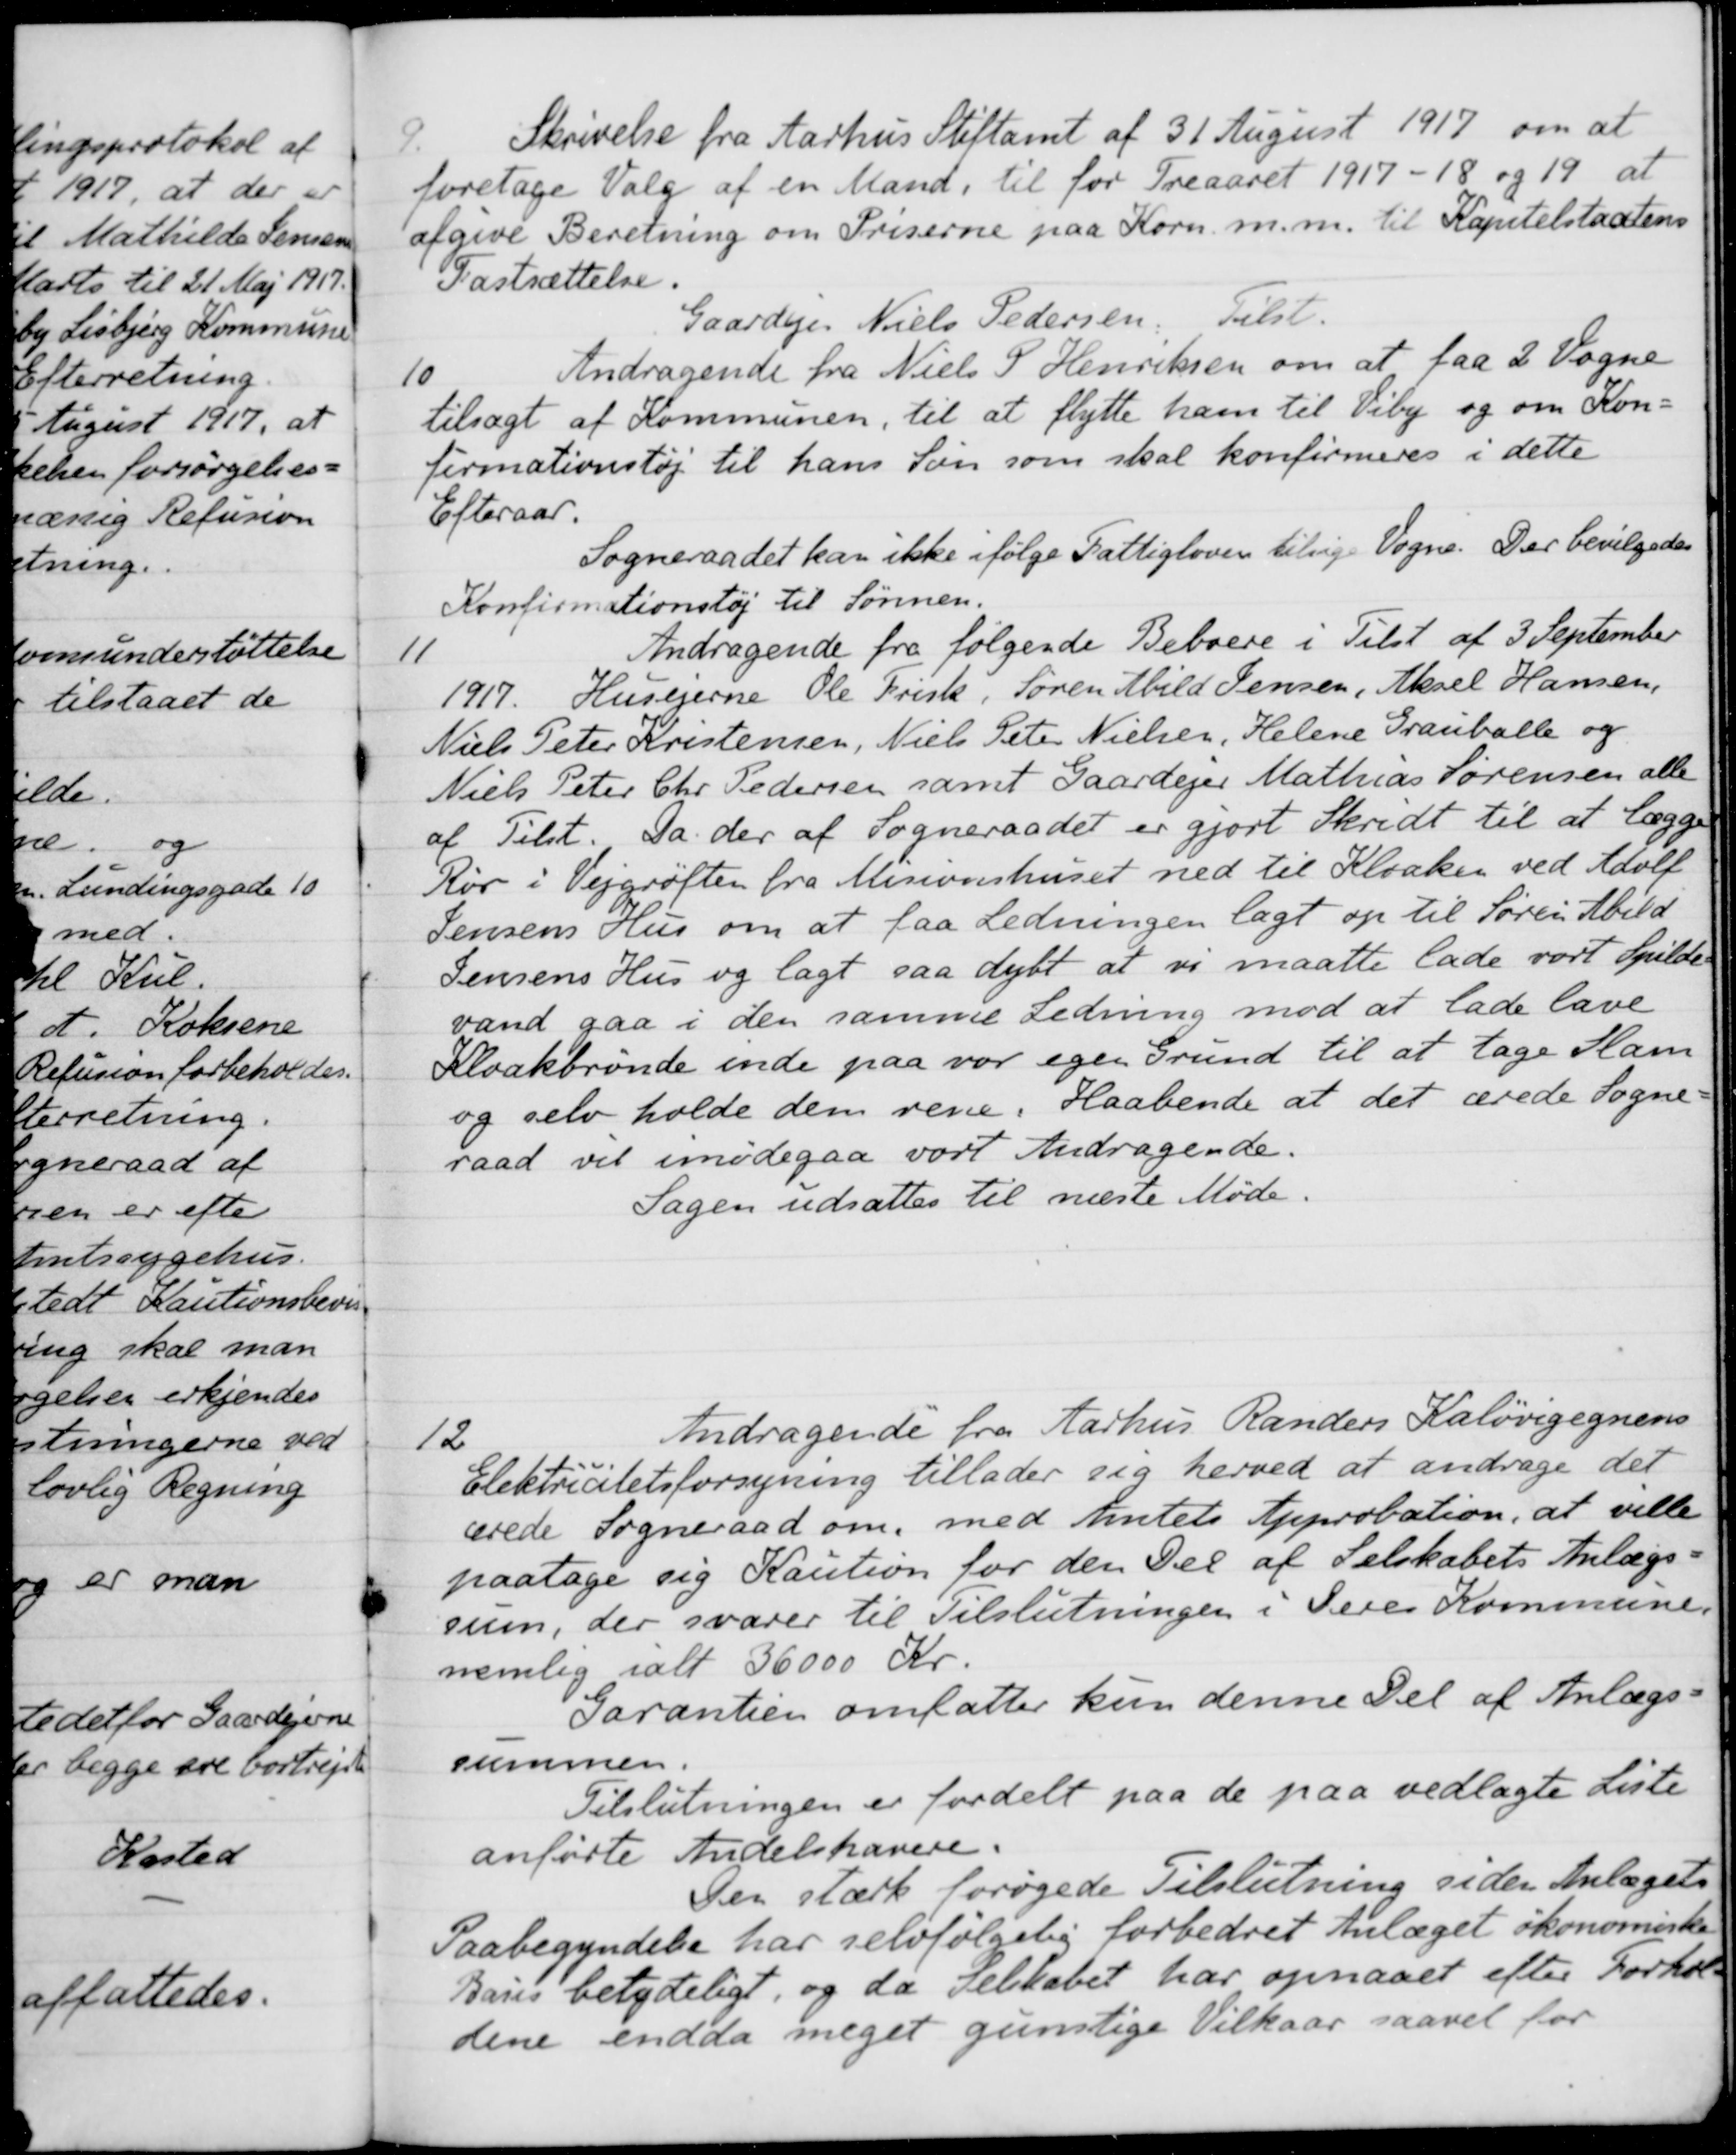
Transskription:
9.
Skrivelse fra Aarhus Stiftamt af 31 August 1917 om at
foretage Valg af en Mand, til for Treaaret 1917-18 og 19 at
afgive Beretning om Priserne paa Korn m.m. til Kapitelstaxtens
Fastsættelse.
Gaardejer Niels Pedersen
Tilst.
10
Andragende fra Niels S. Henriksen om at faa 2 Vogne
tilsagt af Kommunen, til at flytte ham til Viby og om Kon-
firmationstøj til hans Søn som skal konfirmeres i dette
Efteraar.
Sogneraadet kan ikke ifølge Fattigloven tilsige Vogne. Der bevilgedes
Konfirmationstøj til Sønnen.
11
Andragende fra følgende Beboere i Tilst af 3 September
1917
Husejerne Ole Frisk, Søren Abild Jensen, Aksel Hansen,
Niels Peter Kristensen, Niels Peter Nielsen, Helene Grauballe og
Niels Peter Chr. Pedersen samt Gaardejer Mathias Sørensen alle
af Tilst. Da der af Sogneraadet er gjort Skridt til at lægge
Rør i Vejgrøften fra Misionshuset ned til Kloaken ved Adolf
Jensens Hus om at faa Ledningen lagt op til Søren Abild
Jensens Hus og lagt saa dybt at vi maatte lade vort Spilde
vand gaa i den samme Ledning mod at lade lave
Kloakbrønde inde paa var egen Grund til at tage Slam
og selv holde dem rene. Haabende at det ærede Sogne-
raad vil imødegaa vort Andragende.
Sagen udsattes til næste Møde.
12
Andragende fra Aarhus Randers Kaløvigegnens
Elektricitetsforsyning tillader sig herved at andrage det
ærede Sogneraad om, med Amtets Approbation, at ville
paatage sig Kaution for den Del af Selskabets Anlægs-
sum, der svarer til Tilslutningen i Jeres Kommune.
nemlig i alt 36000 Kr.
Garantien omfatter kun denne Del af Anlægs-
summen.
Tilslutningen er fordelt paa de paa vedlagte Liste
anførte Andelshavere.
Den stærk forøgede Tilslutning siden Anlægets
Paabegyndelse har selvfølgelig forbedret Anlæget økonomiske
Basis betydeligt, og da selskabet har opnaaet efter Forhol-
dene endda meget gunstige Vilkaar saavel for